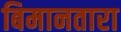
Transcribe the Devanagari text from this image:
बिमानतारा